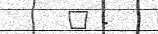
" -